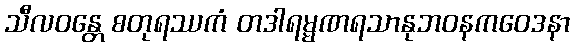
သီလဝန္တေ စတုရဿကံ တဒါရမ္မဏရသာနုဘဝနကဝေဒနာ